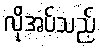
လိုအပ်သည့်